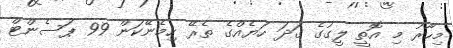
މިހާރު މި އޮތީ ލީގުގެ ގަދަ ހަޔެއްގެ ތެރޭ ހިމެނޭކަން 99 ޕަސެންޓް